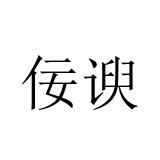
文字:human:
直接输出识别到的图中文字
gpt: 佞谀